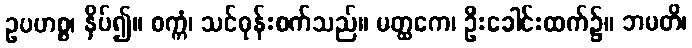
ဥပဟစ္စ၊ နှိပ်၍။ စက္ကံ၊ သင်ဓုန်းစက်သည်။ မတ္ထကေ၊ ဦးခေါင်းထက်၌။ ဘမတိ၊